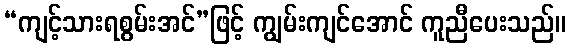
“ကျင့်သားရစွမ်းအင်”ဖြင့် ကျွမ်းကျင်အောင် ကူညီပေးသည်။